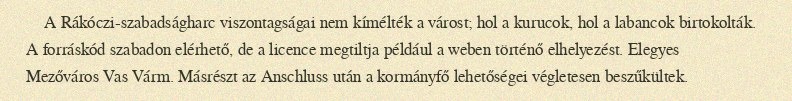
A Rákóczi-szabadságharc viszontagságai nem kímélték a várost; hol a kurucok, hol a labancok birtokolták. A forráskód szabadon elérhető, de a licence megtiltja például a weben történő elhelyezést. Elegyes Mezőváros Vas Várm. Másrészt az Anschluss után a kormányfő lehetőségei végletesen beszűkültek.